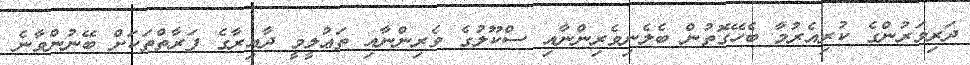
ދަރިވަރުންގެ ކުރިއެރުމާ ބެހޭގޮތުން ބެލެނިވެރިންނާއި ސްކޫލުގެ ވެރިންނާއި ތަޢުލީމީ ދާއިރާގެ ފަރާތްތަކަށް ބޭނުންވާނެ